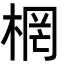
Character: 棢